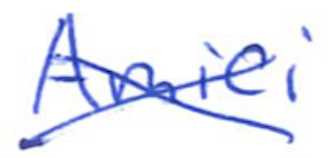
Text: Amici
Cross-out: cross
Writing tool: ballpoint